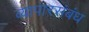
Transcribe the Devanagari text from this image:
व्यापारसंबंध